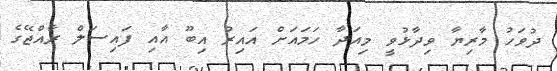
ދުވަހު މާރިޔާ ވިދާޅުވީ މިއަދާ ހަމައަށް އައިރު އިބޫ އާއި ފައިސަލް ރާއްޖޭގެ